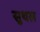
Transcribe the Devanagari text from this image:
सुथल